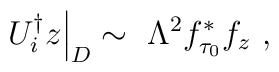
U_i^\dagger z \Big|_D \sim\ \Lambda^2 f_{\tau_0}^* f_z \ ,